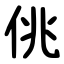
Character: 佻